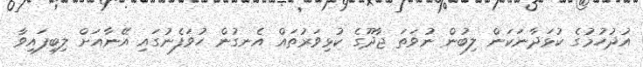
އުދުހުމުގެ ކުޅަދާނަކަން ލިބުން ނުވަތަ ޖާދޫގެ ކުޅިވަރުތައް އެނގުން ހުވަފެނުގައި އޭނާއަށް ލިބިފައިވާ